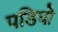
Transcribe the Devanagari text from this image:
पडियो